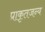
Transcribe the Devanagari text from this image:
प्राकृतजन्य